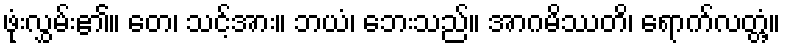
ဖုံးလွှမ်း၏။ တေ၊ သင့်အား။ ဘယံ၊ ဘေးသည်။ အာဂမိဿတိ၊ ရောက်လတ္တံ့။